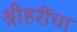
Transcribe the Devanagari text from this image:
श्रीहरींचा